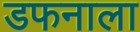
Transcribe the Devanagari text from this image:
डफनाला